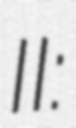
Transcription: II: